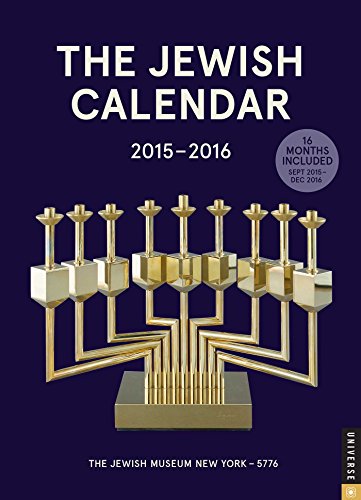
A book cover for The Jewish Calendar 2015-2016: Jewish Year 5776 16-Month Engagement Calendar; The Jewish Museum  New York; Religion & Spirituality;